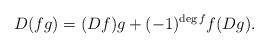
LaTeX: \begin{align*} D(fg) = (Df)g + (-1)^{\deg f} f (Dg).\end{align*}